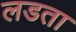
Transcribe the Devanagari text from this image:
लडता